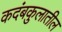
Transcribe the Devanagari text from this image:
कदंबकुलातील